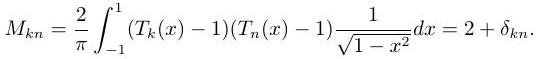
\[
M_{k n}=\frac{2}{\pi} \int_{-1}^{1}\left(T_{k}(x)-1\right)\left(T_{n}(x)-1\right) \frac{1}{\sqrt{1-x^{2}}} d x=2+\delta_{k n} .
\]